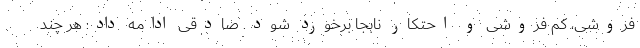
فروشی، کم فروشی و احتکار نابجا برخورد شود. صادقی ادامه داد: هر چند